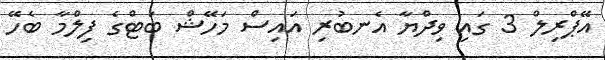
އޭޕްރިލް 3 ގައި ވިދްޔާ އެނބުރި އައިސް މަހޭޝް ބަޓްގެ ފިލްމާ ބެހޭ